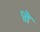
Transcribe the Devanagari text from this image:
।ते